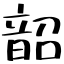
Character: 韶